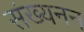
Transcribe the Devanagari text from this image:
संख्यनन